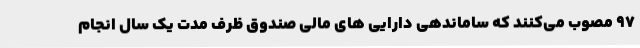
97 مصوب می‌کنند که ساماندهی دارایی های مالی صندوق ظرف مدت یک سال انجام